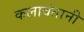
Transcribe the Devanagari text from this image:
कलावंतानी